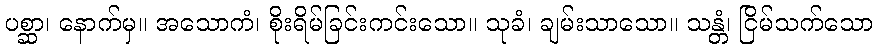
ပစ္ဆာ၊ နောက်မှ။ အသောကံ၊ စိုးရိမ်ခြင်းကင်းသော။ သုခံ၊ ချမ်းသာသော။ သန္တံ၊ ငြိမ်သက်သော